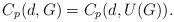
LaTeX: \begin{align*}C_p(d, G)=C_p(d, U(G)).\end{align*}